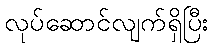
လုပ်ဆောင်လျက်ရှိပြီး